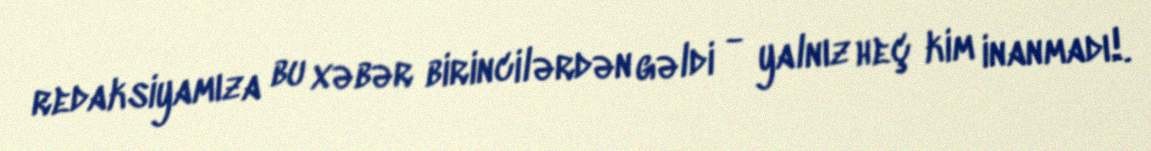
redaksiyamıza bu xəbər birincilərdən gəldi - yalnız heç kim inanmadı!.